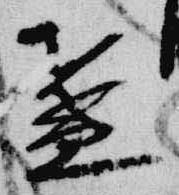
盞